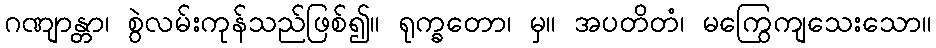
ဂဏျာန္တာ၊ စွဲလမ်းကုန်သည်ဖြစ်၍။ ရုက္ခတော၊ မှ။ အပတိတံ၊ မကြွေကျသေးသော။